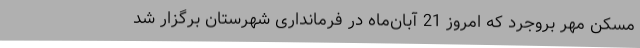
مسکن مهر بروجرد که امروز 21 آبان‌ماه در فرمانداری شهرستان برگزار شد